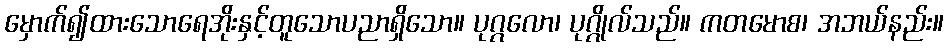
မှောက်၍ထားသောရေအိုးနှင့်တူသောပညာရှိသော။ ပုဂ္ဂလော၊ ပုဂ္ဂိုလ်သည်။ ကတမောစ၊ အဘယ်နည်း။